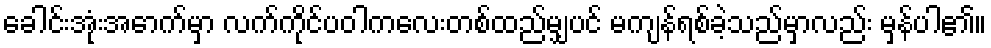
ခေါင်းအုံးအောက်မှာ လက်ကိုင်ပဝါကလေးတစ်ထည်မျှပင် မကျန်ရစ်ခဲ့သည်မှာလည်း မှန်ပါ၏။